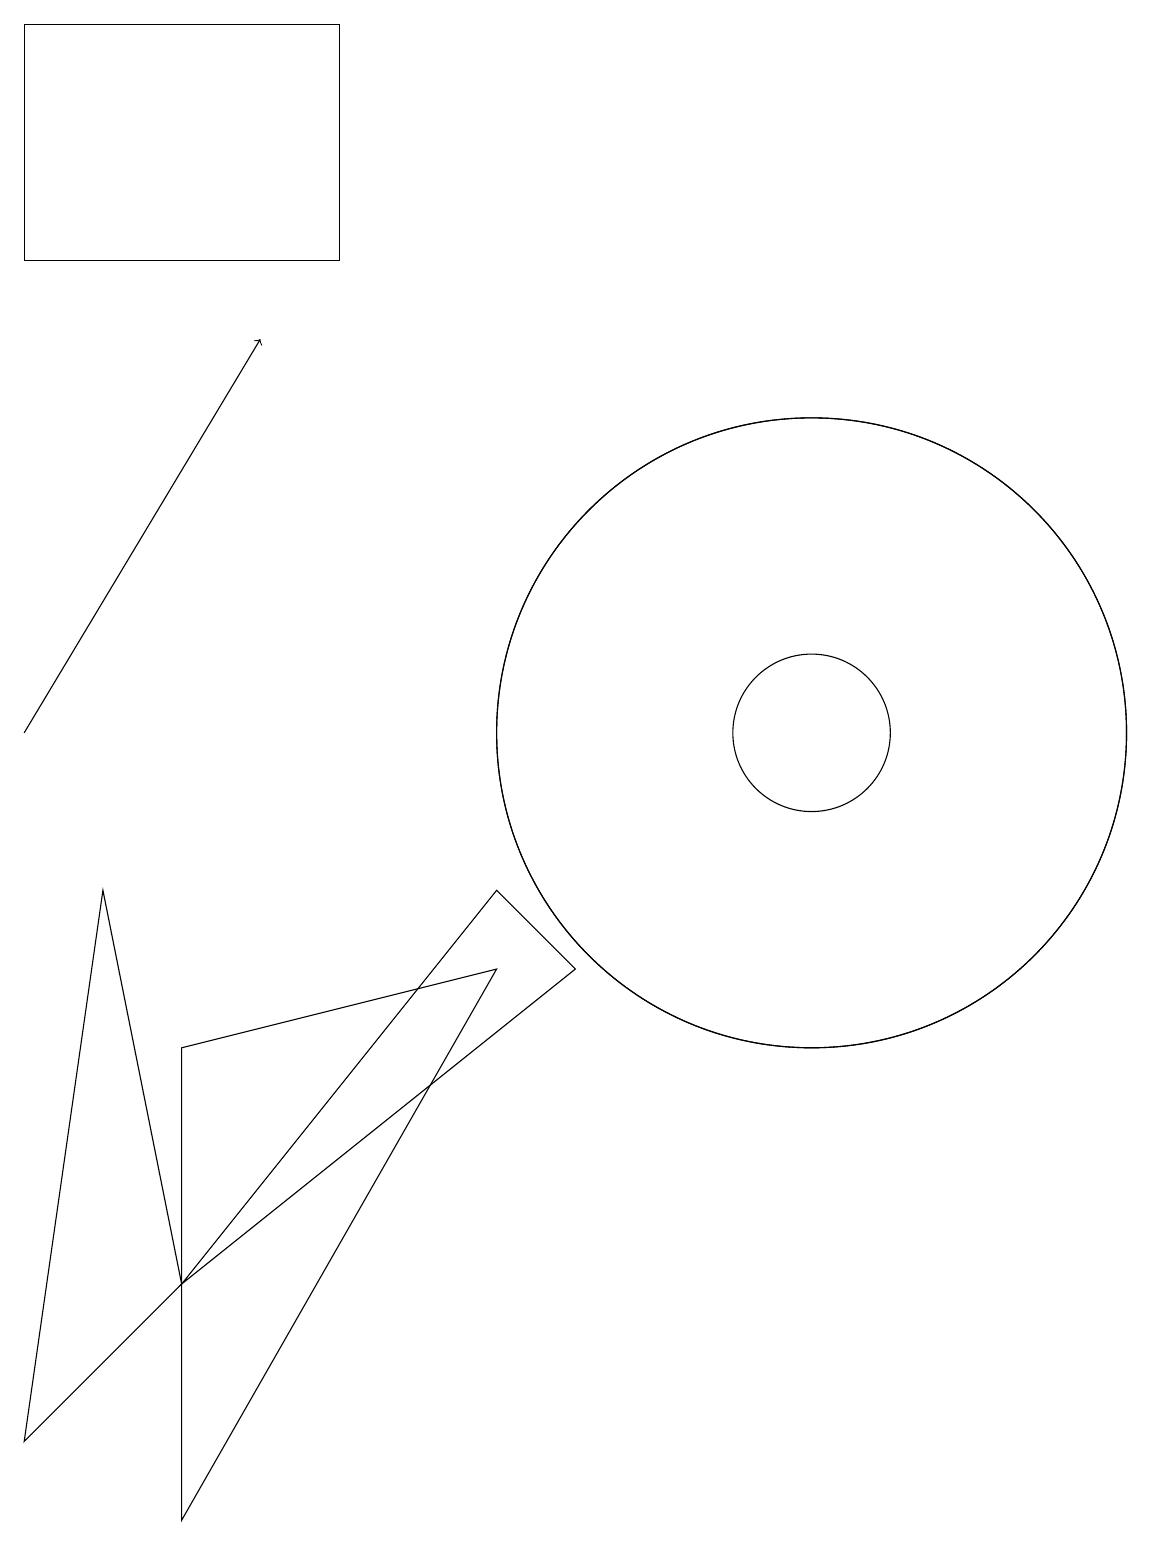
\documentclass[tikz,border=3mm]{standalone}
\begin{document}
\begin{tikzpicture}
\draw (8,7) -- (3,3) -- (7,8) -- cycle;
\draw[->] (1,10) -- (4,15);
\draw (3,6) -- (7,7) -- (3,0) -- cycle;
\draw (11,10) circle (4);
\draw (3,3) -- (1,1) -- (2,8) -- cycle;
\draw (11,10) circle (4);
\draw (11,10) circle (1);
\draw (5,19) rectangle (1,16);
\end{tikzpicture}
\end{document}